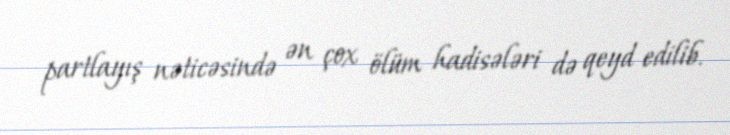
partlayış nəticəsində ən çox ölüm hadisələri də qeyd edilib.